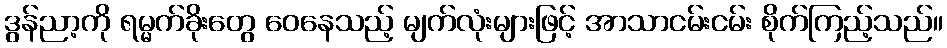
ဒွန်ညာ့ကို ရမ္မက်ခိုးတွေ ဝေနေသည့် မျက်လုံးများဖြင့် အာသာငမ်းငမ်း စိုက်ကြည့်သည်။